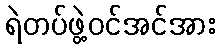
ရဲတပ်ဖွဲ့ဝင်အင်အား